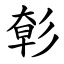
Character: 㣏